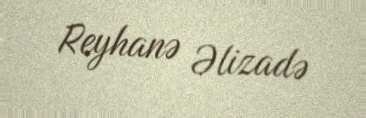
Reyhanə Əlizadə